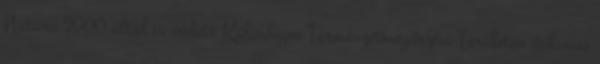
Natura 2000 által is védett Különleges Természetmegőrzési Területen őshonos